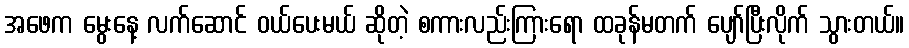
အဖေက မွေးနေ့ လက်ဆောင် ဝယ်ပေးမယ် ဆိုတဲ့ စကားလည်းကြားရော ထခုန်မတက် ပျော်ပြီးလိုက် သွားတယ်။